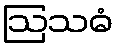
ဩသဓံ